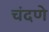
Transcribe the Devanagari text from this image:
चंदणे